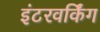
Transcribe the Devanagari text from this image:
इंटरवर्किंग